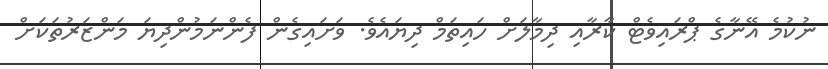
ނުކުމެ އޭނާގެ ޕްރައިވެޓް ކާރާއި ދިމާލަށް ހައިތަމް ދިޔައެވެ. ވަށައިގެން ފެންނަމުންދިޔަ މަންޒަރުތަކަށް